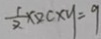
\frac { 1 } { 2 } \times 2 c \times y = 9